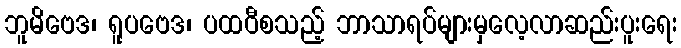
ဘူမိဗေဒ၊ ရူပဗေဒ၊ ပထဝီစသည့် ဘာသာရပ်များမှလေ့လာဆည်းပူးရေး